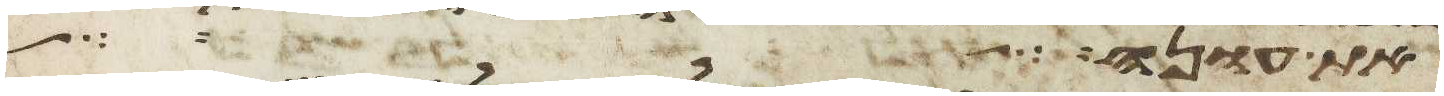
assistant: בת ענה אשת עשו